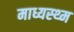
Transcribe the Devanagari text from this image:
माध्यस्थ्म